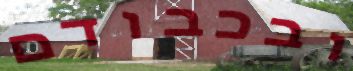
ובכבודם